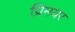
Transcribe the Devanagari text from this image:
प्रिमयर